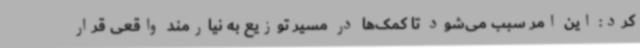
کرد: این امر سبب می‌شود تا کمک‌ها در مسیر توزیع به نیارمند واقعی قرار